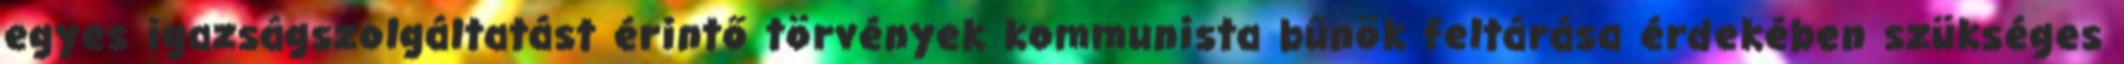
egyes igazságszolgáltatást érintő törvények kommunista bűnök feltárása érdekében szükséges